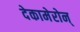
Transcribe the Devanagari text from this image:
देकामेरोन्